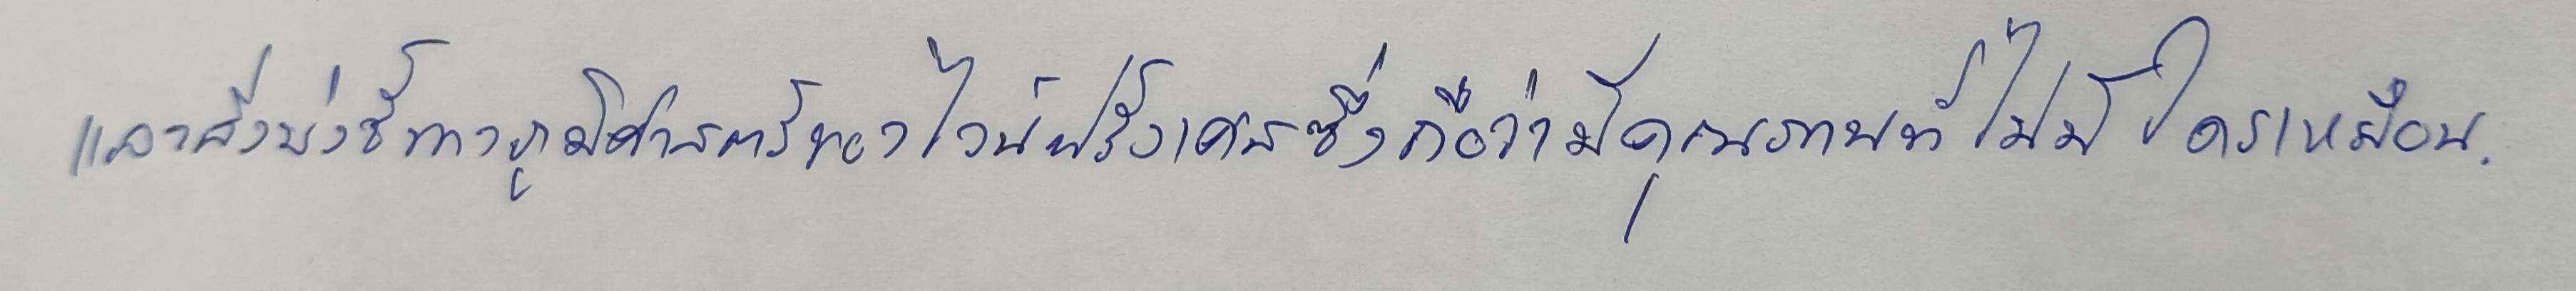
และสิ่งบ่งชี้ทางภูมิศาสตร์ของไวน์ฝรั่งเศสซึ่งถือว่ามีคุณภาพที่ไม่มีใครเหมือน